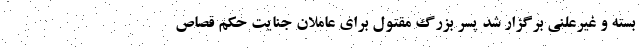
بسته و غیرعلنی برگزار شد پسر بزرگ مقتول برای عاملان جنایت حکم قصاص